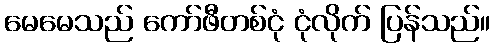
မေမေသည် ကော်ဖီတစ်ငုံ ငုံလိုက် ပြန်သည်။